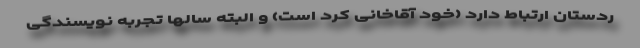
ردستان ارتباط دارد (خود آقاخانی کُرد است) و البته سالها تجربه نویسندگی